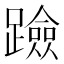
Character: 𨆘